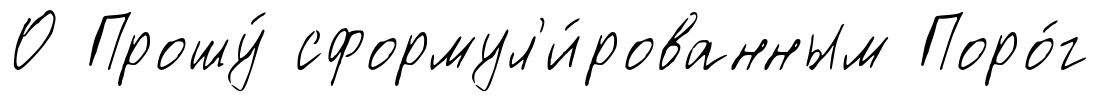
О Прошу́ сформул'и́рованным Поро́г